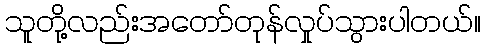
သူတို့လည်းအတော်တုန်လှုပ်သွားပါတယ်။